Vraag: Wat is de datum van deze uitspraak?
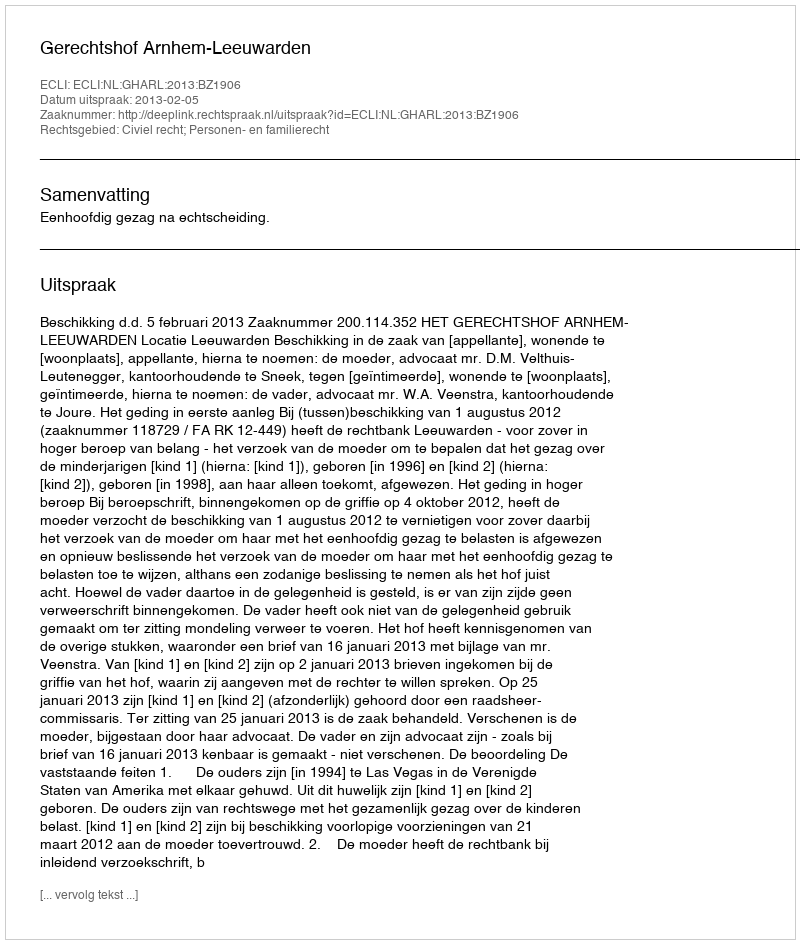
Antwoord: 2013-02-05